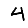
Digit: 4